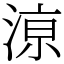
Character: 鿌